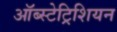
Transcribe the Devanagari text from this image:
ऑब्स्टेट्रिशियन